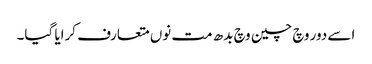
اسے دور وچ چین وچ بدھ مت نوں متعارف کرایا گیا۔